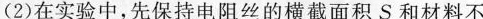
(2)在实验中，先保持电阻丝的横截面积S和材料不